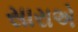
સારાએ